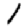
Digit: 1